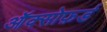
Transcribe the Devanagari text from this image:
ऑक्सोफ़र्ड